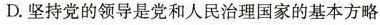
D.坚持党的领导是党和人民治理国家的基本方略